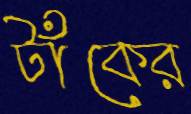
টাঁকের